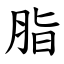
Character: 脂